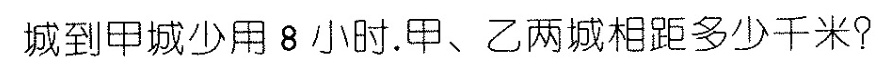
城到甲城少用8小时.甲、乙两城相距多少千米?